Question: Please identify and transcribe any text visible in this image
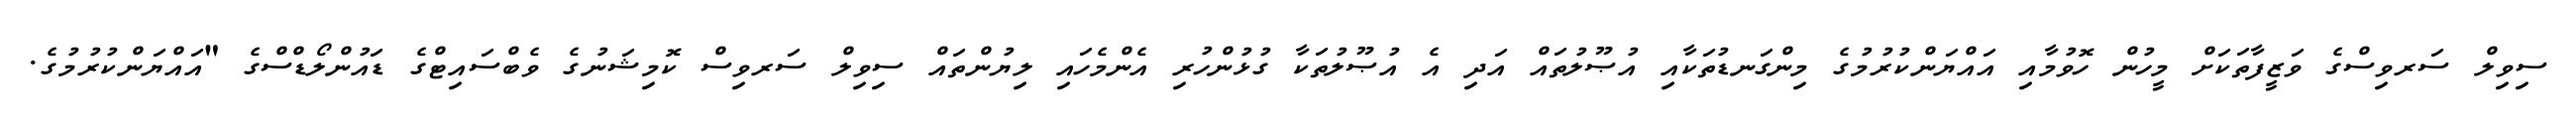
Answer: ސިވިލް ސަރވިސްގެ ވަޒީފާތަކަށް މީހުން ހޮވުމާއި އައްޔަންކުރުމުގެ މިންގަނޑުތަކާއި އުޞޫލުތައް އަދި އެ އުޞޫލުތަކާ ގުޅުންހުރި އެންމެހައި ލިޔުންތައް ސިވިލް ސަރވިސް ކޮމިޝަނުގެ ވެބްސައިޓްގެ ޑައުންލޯޑްސްގެ "އައްޔަންކުރުމުގެ.